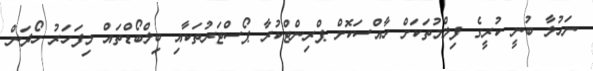
ނަހުލާ ބުނީ ކުރީގެ ފިލްމުތަކަށް ހާއްސަކޮށް ޕްރިންޓްކުރާ ޕޯސްޓަރުތަކާއި ބިލްބޯޑްތައް މިފަހަރު ހޯދަން